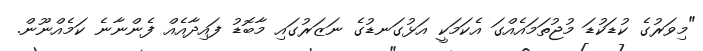
"މިވަރުގެ ކުޑަކުޑަ މުޖުތަމައެއްގަ އެކަމަކީ އަޅުގަނޑުގެ ނަޒަރުގައި މާބޮޑު ފައިދާއެއް ފެންނާނެ ކަމެއްނޫން.